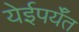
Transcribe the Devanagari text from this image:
येईपर्यँत